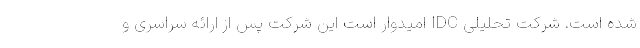
شده است. شرکت تحلیلی IDC امیدوار است این شرکت پس از ارائه سراسری و